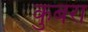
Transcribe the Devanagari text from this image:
कुबरा